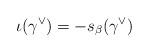
LaTeX: \begin{align*} \iota(\gamma^\vee) = -s_{\beta}(\gamma^\vee) \end{align*}